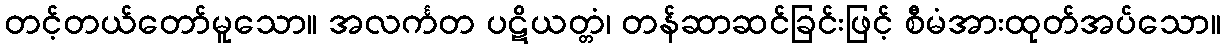
တင့်တယ်တော်မူသော။ အလင်္ကတ ပဋိယတ္တံ၊ တန်ဆာဆင်ခြင်းဖြင့် စီမံအားထုတ်အပ်သော။